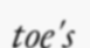
toe's